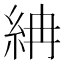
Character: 𥿛